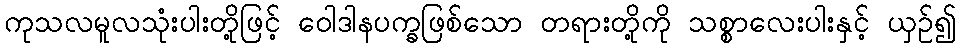
ကုသလမူလသုံးပါးတို့ဖြင့် ဝေါဒါနပက္ခဖြစ်သော တရားတို့ကို သစ္စာလေးပါးနှင့် ယှဉ်၍